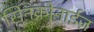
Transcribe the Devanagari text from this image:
सिनक्रोनाईज़